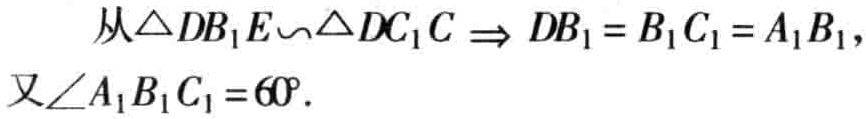
从\(\triangle DB_{1}E\backsim\triangle DC_{1}C \Rightarrow DB_{1}=B_{1}C_{1}=A_{1}B_{1},\)

又\(\angle A_{1}B_{1}C_{1}=60^{\circ}.\)